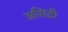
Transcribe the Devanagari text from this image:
असिद्री